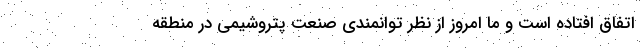
اتفاق افتاده است و ما امروز از نظر توانمندی صنعت پتروشیمی در منطقه